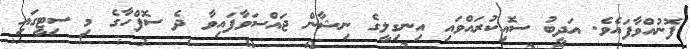
ފޮނުއްވާފައެވެ. އަދީބު ސޮއިކުރައްވައި އިނގިލީގެ ނިޝާން ޖައްސަވާފައިވާ ދެ ސޮފްހާގެ މި ސިޓީގައި